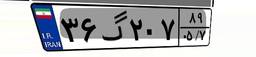
۳۶گ۲۰۷۸۹